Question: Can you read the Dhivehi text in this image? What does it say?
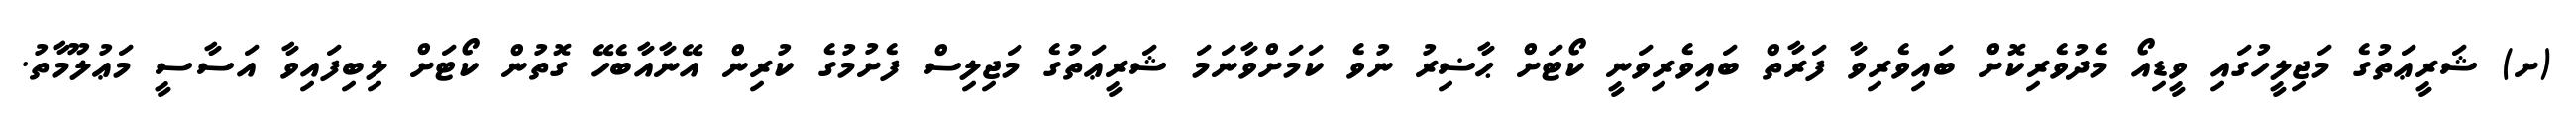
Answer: (ށ) ޝަރީޢަތުގެ މަޖިލީހުގައި ވީޑިއޯ މެދުވެރިކޮށް ބައިވެރިވާ ފަރާތް ބައިވެރިވަނީ ކޯޓަށް ޙާޟިރު ނުވެ ކަމަށްވާނަމަ ޝަރީޢަތުގެ މަޖިލިސް ފެށުމުގެ ކުރިން އޭނާއާބެހޭ ގޮތުން ކޯޓަށް ލިބިފައިވާ އަސާސީ މަޢުލޫމާތު.